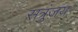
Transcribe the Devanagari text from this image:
सत्रुंजय